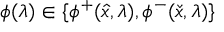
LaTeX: \phi ( \lambda ) \in \{ \phi ^ { + } ( { \hat { x } } , \lambda ) , \phi ^ { - } ( { \check { x } } , \lambda ) \}